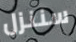
سننزل